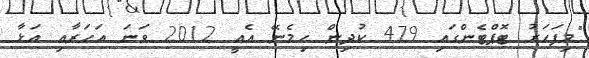
"މިފަހަރު ޓޮޕްޓެންގައި 479 ކުދިން ހިމެނޭ އެއީ 2012 ވަނަ އަހަރާއި އަޅާ